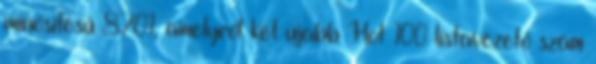
minősítésű 8701, amelyről két újabb Hot 100 listavezető szám